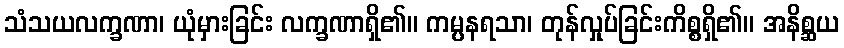
သံသယလက္ခဏာ၊ ယုံမှားခြင်း လက္ခဏာရှိ၏။ ကမ္ပနရသာ၊ တုန်လှုပ်ခြင်းကိစ္စရှိ၏။ အနိစ္ဆယ